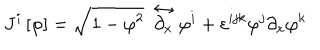
LaTeX: J ^ { i } \left[ \varphi \right] = \sqrt { 1 - \varphi ^ { 2 } } ~ \stackrel { \leftrightarrow } { \partial _ { x } } \varphi ^ { i } + \varepsilon ^ { i j k } \varphi ^ { j } \partial _ { x } \varphi ^ { k }